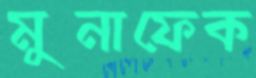
মুনাফেক